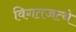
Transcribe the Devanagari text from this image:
विगतजत्थे